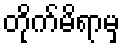
တိုက်မိရာမှ